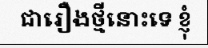
ជារឿងថ្មីនោះទេ ខ្ញុំ